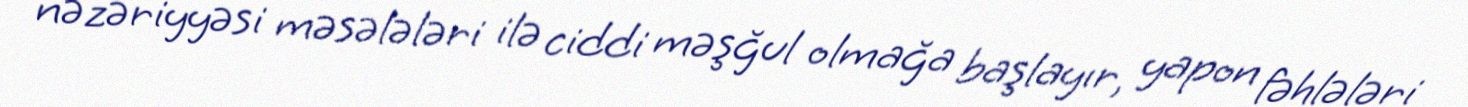
nəzəriyyəsi məsələləri ilə ciddi məşğul olmağa başlayır, yapon fəhlələri